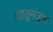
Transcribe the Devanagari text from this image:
धातुमंजूषा